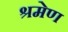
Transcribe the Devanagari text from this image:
श्रमेण